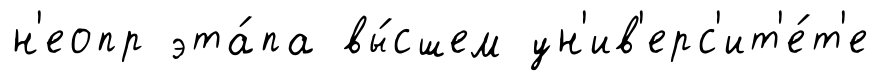
н'еопр эта́па вы́сшем ун'ив'ерс'ит'е́т'е